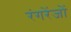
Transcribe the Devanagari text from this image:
रंगरेंजों